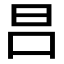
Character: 𣅊